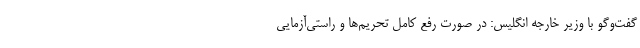
گفت‌وگو با وزیر خارجه انگلیس: در صورت رفع کامل تحریم‌ها و راستی‌آزمایی